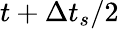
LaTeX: t+\Delta t_{s}/2